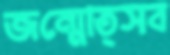
জন্মোত্সব